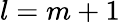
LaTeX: l=m+1